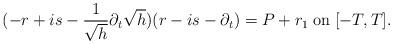
LaTeX: \begin{align*}(-r+is-\frac{1}{\sqrt{h}}\partial_t\sqrt{h})(r-is-\partial_t)=P+r_1 \;\mbox{on}\;[-T,T].\end{align*}